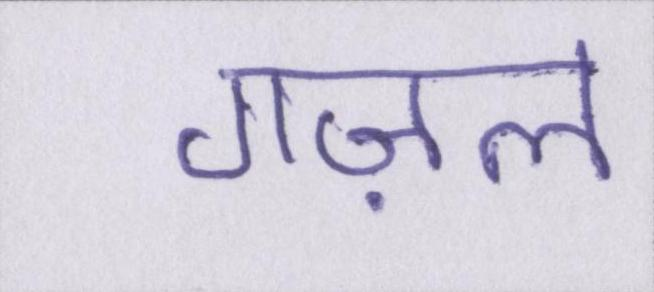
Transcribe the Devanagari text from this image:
गज़ल